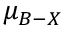
\ensuremath { \mu } _ { B - X }